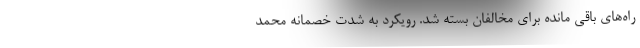
راه‌های باقی مانده برای مخالفان بسته شد. رویکرد به شدت خصمانه محمد